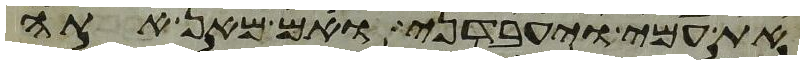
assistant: את עמי ויעבדני ואם מאן אתה